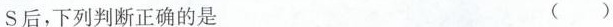
S后，下列判断正确的是 ()